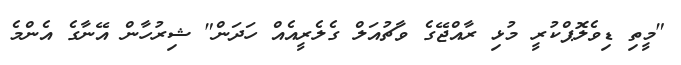
"މީތި ޑިވެލޮޕްކުރީ މުޅި ރާއްޖޭގެ ވާޗުއަލް ގެލެރީއެއް ހަދަން" ޝިރުހާން އޭނާގެ އެންމެ